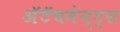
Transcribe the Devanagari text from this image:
अॅटॅचमेन्ट्‌स